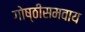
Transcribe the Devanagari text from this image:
गोष्ठीसमवाय